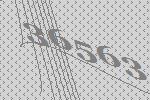
36563